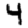
Digit: 4